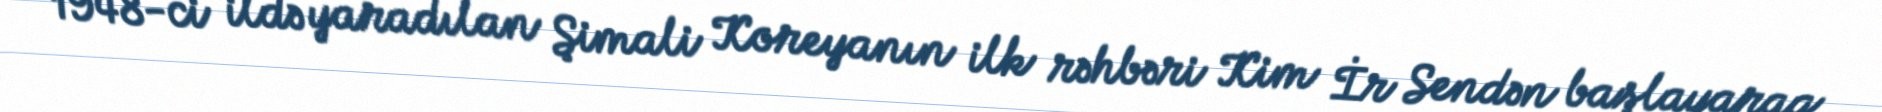
1948-ci ildə yaradılan Şimali Koreyanın ilk rəhbəri Kim İr Sendən başlayaraq